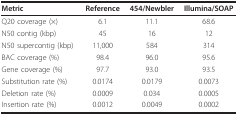
<table><thead><tr><td><b>Metric</b></td><td><b>Reference</b></td><td><b>454/Newbler</b></td><td><b>Illumina/SOAP</b></td></tr></thead><tbody><tr><td>Q20 coverage (×)</td><td>6.1</td><td>11.1</td><td>68.6</td></tr><tr><td>N50 contig (kbp)</td><td>45</td><td>16</td><td>12</td></tr><tr><td>N50 supercontig (kbp)</td><td>11,000</td><td>584</td><td>314</td></tr><tr><td>BAC coverage (%)</td><td>98.4</td><td>96.0</td><td>95.6</td></tr><tr><td>Gene coverage (%)</td><td>97.7</td><td>93.0</td><td>93.5</td></tr><tr><td>Substitution rate (%)</td><td>0.0174</td><td>0.0179</td><td>0.0073</td></tr><tr><td>Deletion rate (%)</td><td>0.0009</td><td>0.034</td><td>0.0005</td></tr><tr><td>Insertion rate (%)</td><td>0.0012</td><td>0.0049</td><td>0.0002</td></tr></tbody></table>